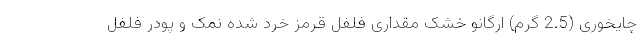
چایخوری (2.5 گرم) ارگانو خشک مقداری فلفل قرمز خرد شده نمک و پودر فلفل